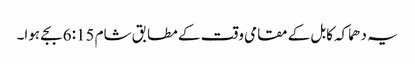
یہ دھماکہ کابل کے مقامی وقت کے مطابق شام 6:15 بجے ہوا۔